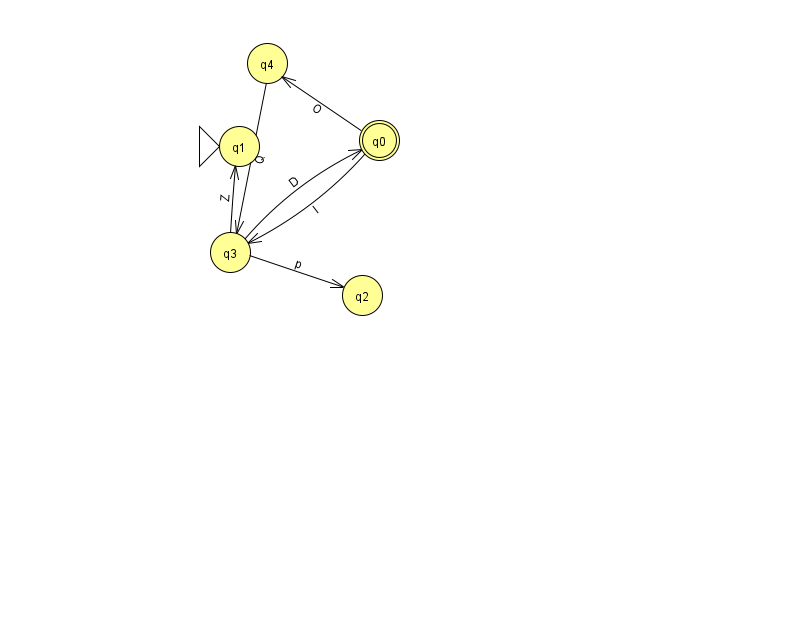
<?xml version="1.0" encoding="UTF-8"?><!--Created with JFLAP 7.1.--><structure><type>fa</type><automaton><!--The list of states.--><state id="0" name="q0"><x>379.0</x><y>127.0</y><final/></state><state id="1" name="q1"><x>239.0</x><y>133.0</y><initial/></state><state id="2" name="q2"><x>362.0</x><y>282.0</y></state><state id="3" name="q3"><x>230.0</x><y>239.0</y></state><state id="4" name="q4"><x>267.0</x><y>50.0</y></state><!--The list of transitions.--><transition><from>3</from><to>0</to><read>D</read></transition><transition><from>3</from><to>2</to><read>p</read></transition><transition><from>0</from><to>4</to><read>O</read></transition><transition><from>0</from><to>3</to><read>I</read></transition><transition><from>3</from><to>1</to><read>Z</read></transition><transition><from>4</from><to>3</to><read>Q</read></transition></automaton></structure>